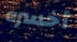
أخسره